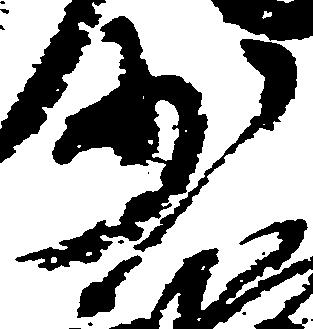
少